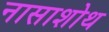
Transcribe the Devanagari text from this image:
नासाशोथ